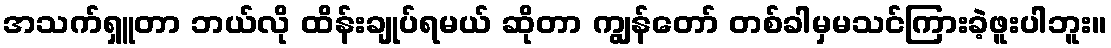
အသက်ရှူတာ ဘယ်လို ထိန်းချုပ်ရမယ် ဆိုတာ ကျွန်တော် တစ်ခါမှမသင်ကြားခဲ့ဖူးပါဘူး။